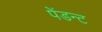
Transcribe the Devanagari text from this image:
पेंडन्ट